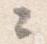
々